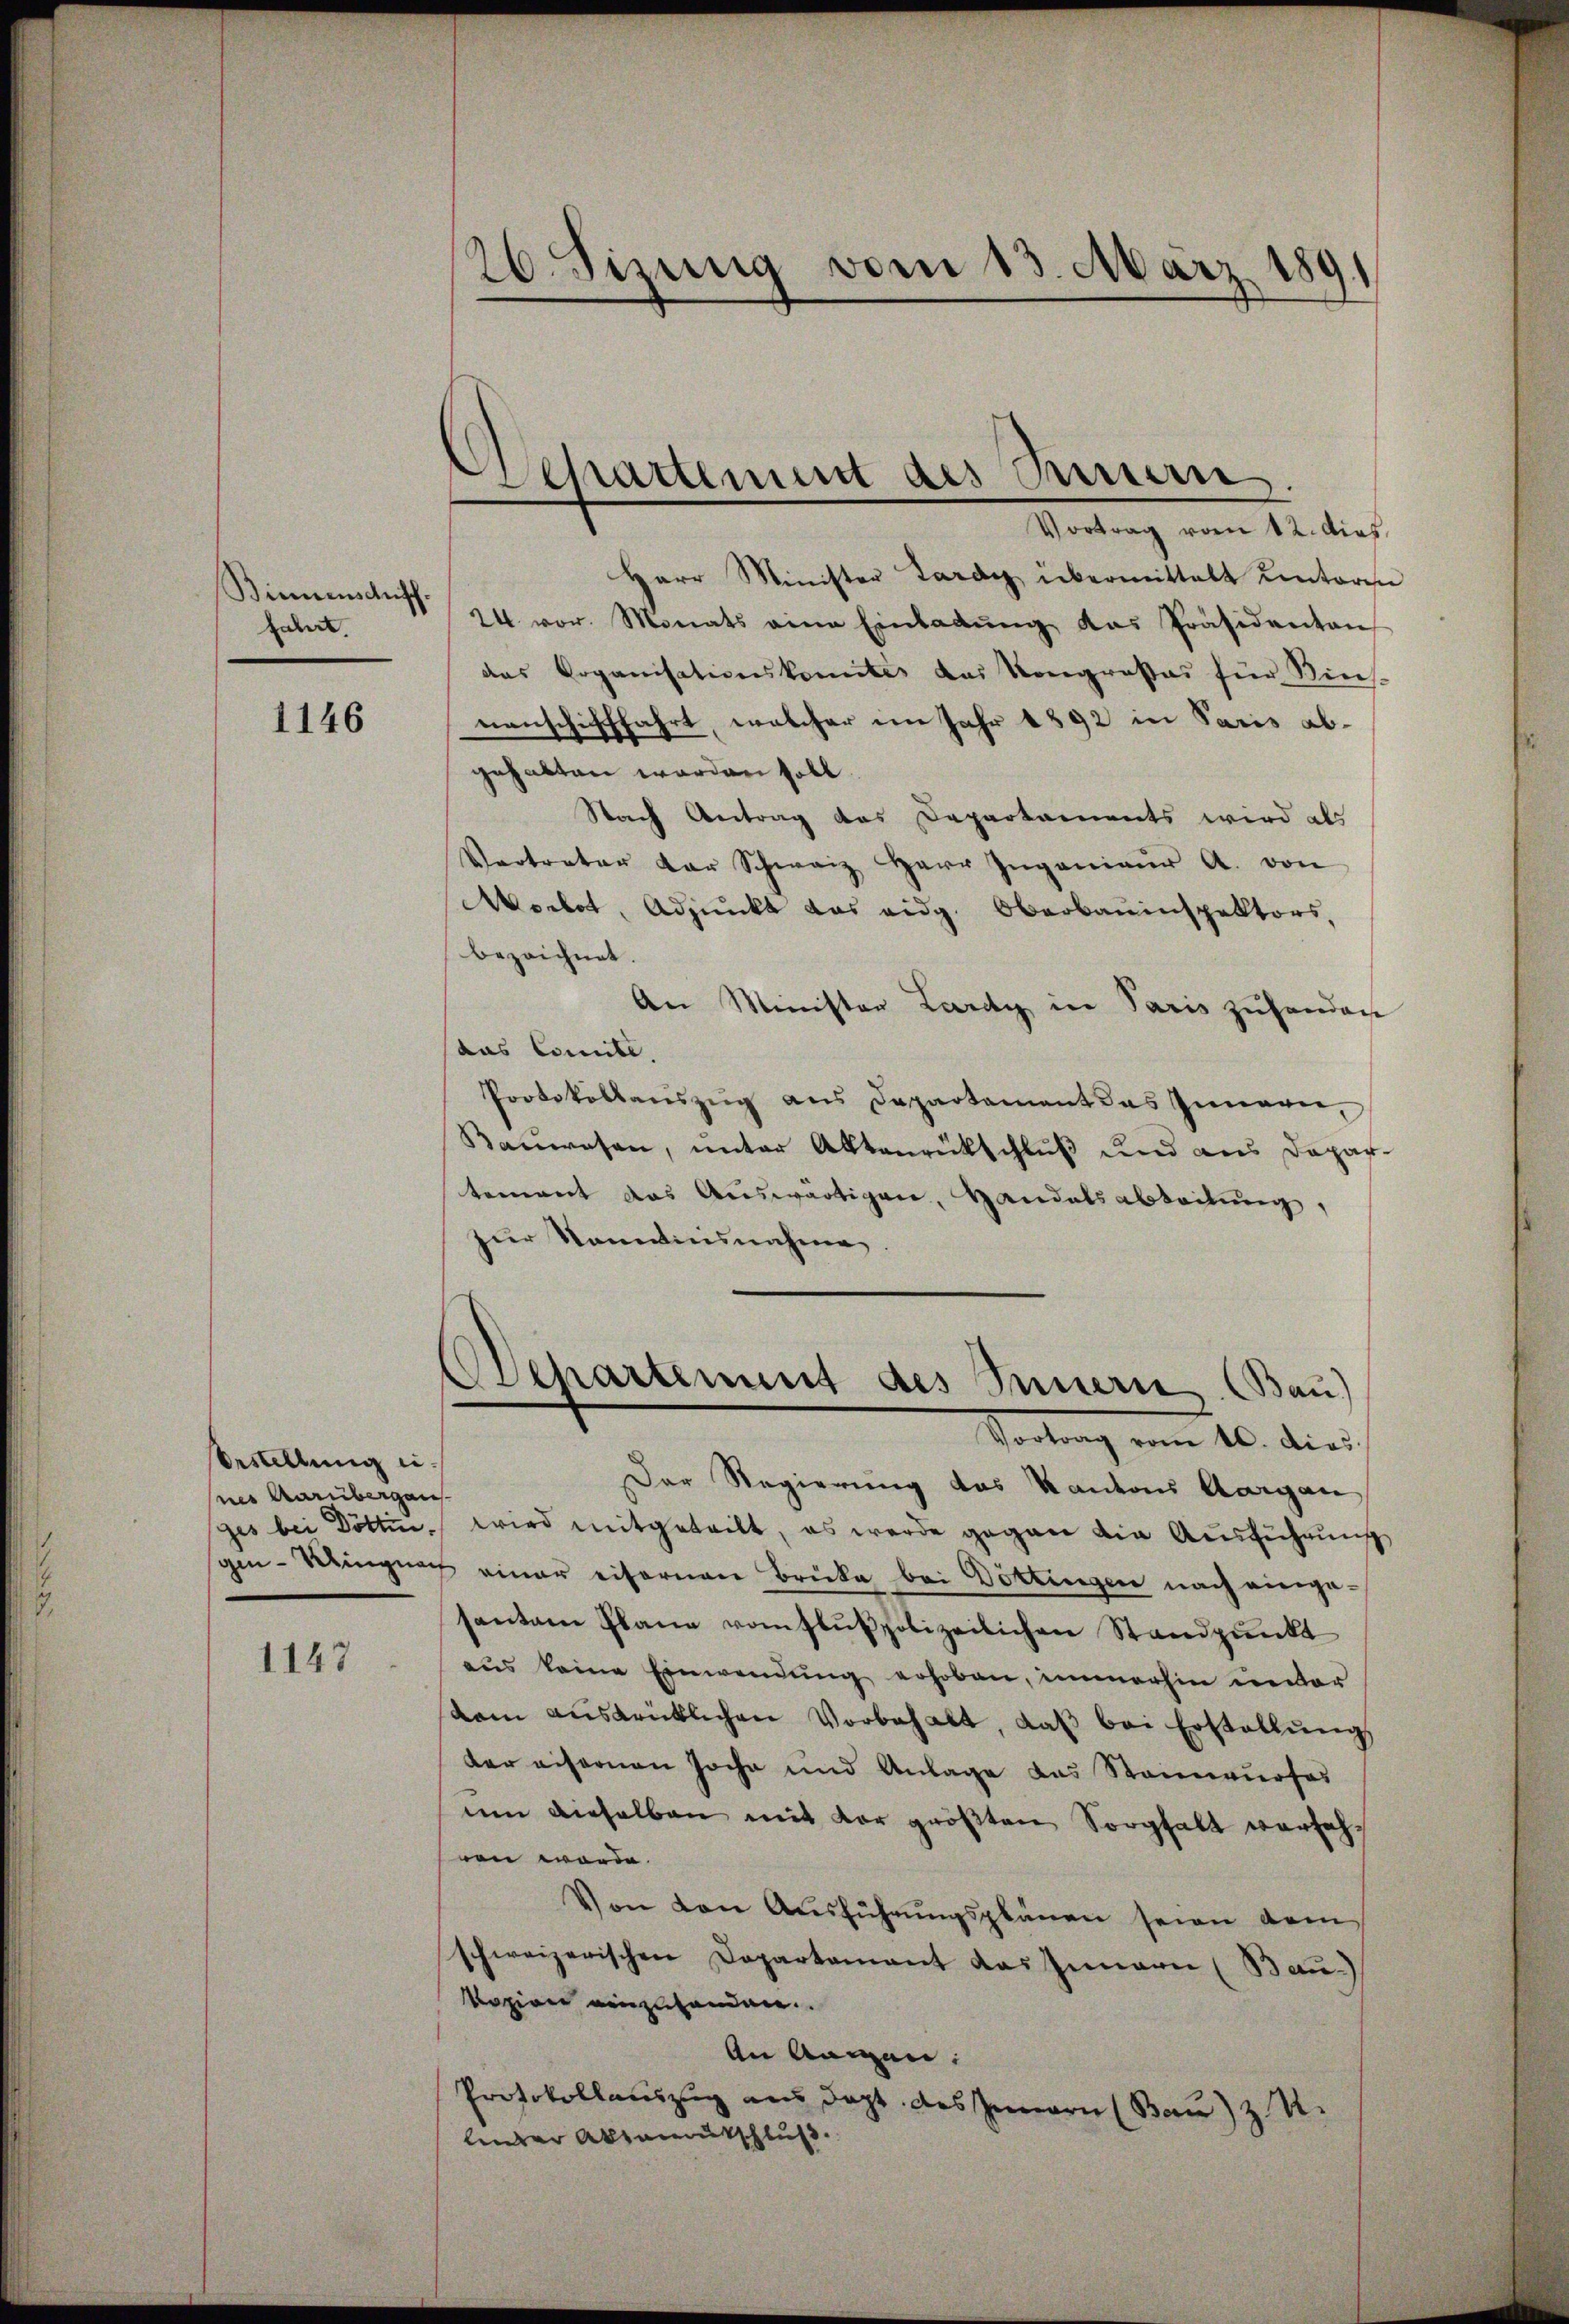
Binnenschriff.
habirt.

1146

sestellung eisner Aarübergans
ges bei Döttin.

1147

26. Sizung vom 13. März 1891

Schattement des einen
e
Vortrag vom 12. dies

Herr Minister Lardy übermittelt unteren
24. vor. Monats eine Einladŭng das Präsidenten
das Organisationskomite das Kongrosses für Kies.
nenschifffahrt, welcher im Jahr 1892 in Paris abgehalten werden soll.
Nach Antrag das Departaments wird als
Vertreter der Schweiz Herr Ingenieŭr A. von
Morbot, Adjunkt das eidg. Oberbauinspektors,
bezeichnet.
An Minister Lardy in Paris zuhanden
das Comite.
Protokollaŭszŭg ans Departament das Innern,
Bauwesen, unter Aktenrückschluß und aus Dapar-
tement das Auswärtigen, Handelsabteilung,
zur Nomainsnahme.
Departement des Innern (Bau)
Vortrag vom 10. dies
Der Regierung das Kantons Aargau
wird mitgeteilt, es werde gegen die Ausführung
gin-Kingung einer eifernen Brücke bei Döttingen nach eingesanten Plane vom stŭtpolizeilichen Standpŭnkt
aŭs keine Einwendŭng erhoben, immerhin unter
dam aŭsdrücklichen Vorbehalt, daβ bei Erstellŭng
der eifernen Joche und Anlage das Staimaurfes
um dieselben mit der größten Sorghalt verfahren werde.
Von den Ausführŭngsplänen seien dem
schweizerischen Departamant das Innern (Bau)
Kozion einzuhandere
An Augen:
Protokollauszug aus dept. des Innern (Bau) Z n.
linder Absamentschluß.